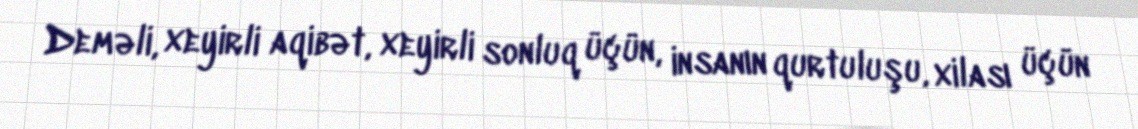
Deməli, xeyirli aqibət, xeyirli sonluq üçün, insanın qurtuluşu, xilası üçün